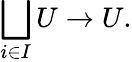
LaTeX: \bigsqcup_{i\in I}U\to U.